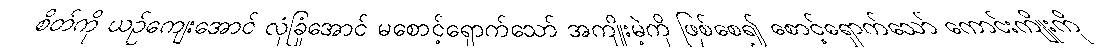
စိတ်ကို ယဉ်ကျေးအောင် လုံခြုံအောင် မစောင့်ရှောက်သော် အကျိုးမဲ့ကို ဖြစ်စေ၍ စောင့်ရှောက်သော် ကောင်းကျိုးကို